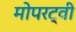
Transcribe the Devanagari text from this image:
मोपरट्वी